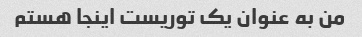
من به عنوان یک توریست اینجا هستم